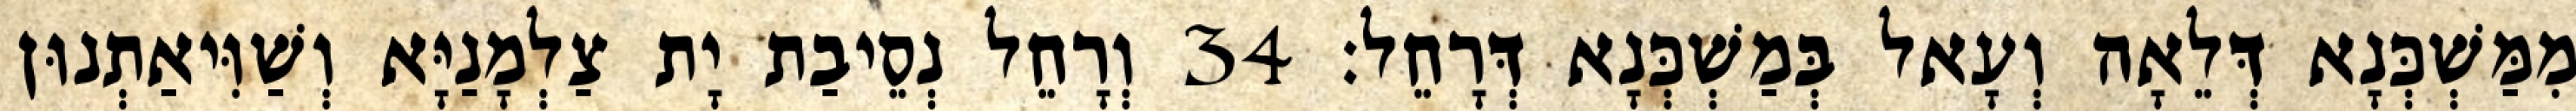
מִמַּשְׁכְּנָא דְּלֵאָה וְעָאל בְּמַשְׁכְּנָא דְּרָחֵל׃ 34 וְרָחֵל נְסֵיבַת יָת צַלְמָנַיָּא וְשַׁוִּיאַתְנוּן